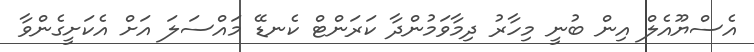
އެސްޔޫއެލް އިން ބުނީ މިހާރު ދިމާވަމުންދާ ކަރަންޓް ކެނޑޭ މައްސަލަ އަށް އެކަށީގެންވާ